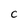
Character: C